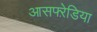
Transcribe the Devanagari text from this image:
आसफ्ऱेडिया